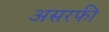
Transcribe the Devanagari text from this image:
असरफी